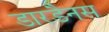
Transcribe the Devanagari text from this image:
डारडैनस